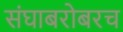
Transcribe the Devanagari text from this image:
संघाबरोबरच